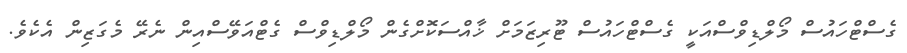
ގެސްޓްހައުސް މޯލްޑިވްސްއަކީ ގެސްޓްހައުސް ޓޫރިޒަމަށް ޚާއްސަކޮށްގެން މޯލްޑިވްސް ގެޓްއަވޭސްއިން ނެރޭ މެގަޒިން އެކެވެ.